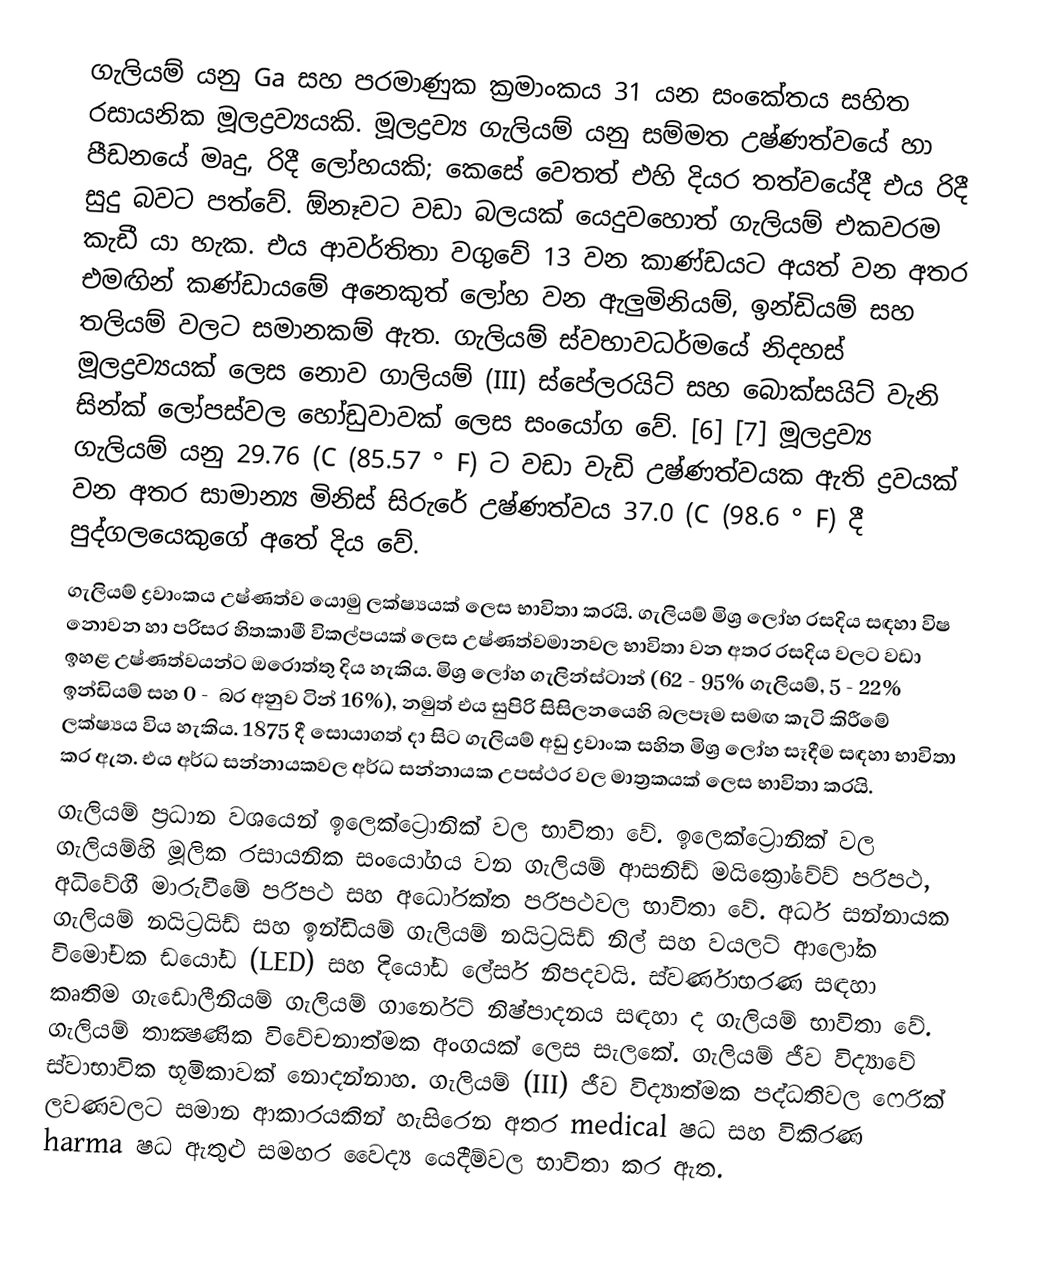
ගැලියම් යනු Ga සහ පරමාණුක ක්‍රමාංකය 31 යන සංකේතය සහිත රසායනික මූලද්‍රව්‍යයකි. මූලද්‍රව්‍ය ගැලියම් යනු සම්මත උෂ්ණත්වයේ හා පීඩනයේ මෘදු, රිදී ලෝහයකි; කෙසේ වෙතත් එහි දියර තත්වයේදී එය රිදී සුදු බවට පත්වේ. ඕනෑවට වඩා බලයක් යෙදුවහොත් ගැලියම් එකවරම කැඩී යා හැක. එය ආවර්තිතා වගුවේ 13 වන කාණ්ඩයට අයත් වන අතර එමඟින් කණ්ඩායමේ අනෙකුත් ලෝහ වන ඇලුමිනියම්, ඉන්ඩියම් සහ තලියම් වලට සමානකම් ඇත. ගැලියම් ස්වභාවධර්මයේ නිදහස් මූලද්‍රව්‍යයක් ලෙස නොව ගාලියම් (III) ස්පේලරයිට් සහ බොක්සයිට් වැනි සින්ක් ලෝපස්වල හෝඩුවාවක් ලෙස සංයෝග වේ. [6] [7] මූලද්‍රව්‍ය ගැලියම් යනු 29.76 (C (85.57 ° F) ට වඩා වැඩි උෂ්ණත්වයක ඇති ද්‍රවයක් වන අතර සාමාන්‍ය මිනිස් සිරුරේ උෂ්ණත්වය 37.0 (C (98.6 ° F) දී පුද්ගලයෙකුගේ අතේ දිය වේ.
 ගැලියම් ද්‍රවාංකය උෂ්ණත්ව යොමු ලක්ෂ්‍යයක් ලෙස භාවිතා කරයි. ගැලියම් මිශ්‍ර ලෝහ රසදිය සඳහා විෂ නොවන හා පරිසර හිතකාමී විකල්පයක් ලෙස උෂ්ණත්වමානවල භාවිතා වන අතර රසදිය වලට වඩා ඉහළ උෂ්ණත්වයන්ට ඔරොත්තු දිය හැකිය. මිශ්‍ර ලෝහ ගැලින්ස්ටාන් (62 - ⁠95% ගැලියම්, 5 - ⁠22% ඉන්ඩියම් සහ 0 - ⁠ බර අනුව ටින් 16%), නමුත් එය සුපිරි සිසිලනයෙහි බලපෑම සමඟ කැටි කිරීමේ ලක්ෂ්‍යය විය හැකිය.  1875 දී සොයාගත් දා සිට ගැලියම් අඩු ද්‍රවාංක සහිත මිශ්‍ර ලෝහ සෑදීම සඳහා භාවිතා කර ඇත. එය අර්ධ සන්නායකවල අර්ධ සන්නායක උපස්ථර වල මාත්‍රකයක් ලෙස භාවිතා කරයි.
 ගැලියම් ප්‍රධාන වශයෙන් ඉලෙක්ට්‍රොනික් වල භාවිතා වේ. ඉලෙක්ට්‍රොනික් වල ගැලියම්හි මූලික රසායනික සංයෝගය වන ගැලියම් ආසනිඩ් මයික්‍රෝවේව් පරිපථ, අධිවේගී මාරුවීමේ පරිපථ සහ අධෝරක්ත පරිපථවල භාවිතා වේ. අර්ධ සන්නායක ගැලියම් නයිට්‍රයිඩ් සහ ඉන්ඩියම් ගැලියම් නයිට්‍රයිඩ් නිල් සහ වයලට් ආලෝක විමෝචක ඩයෝඩ (LED) සහ දියෝඩ ලේසර් නිපදවයි. ස්වර්ණාභරණ සඳහා කෘතිම ගැඩොලීනියම් ගැලියම් ගාර්නෙට් නිෂ්පාදනය සඳහා ද ගැලියම් භාවිතා වේ. ගැලියම් තාක්‍ෂණික විවේචනාත්මක අංගයක් ලෙස සැලකේ.  ගැලියම් ජීව විද්‍යාවේ ස්වාභාවික භූමිකාවක් නොදන්නාහ. ගැලියම් (III) ජීව විද්‍යාත්මක පද්ධතිවල ෆෙරික් ලවණවලට සමාන ආකාරයකින් හැසිරෙන අතර medical ෂධ සහ විකිරණ harma ෂධ ඇතුළු සමහර වෛද්‍ය යෙදීම්වල භාවිතා කර ඇත.